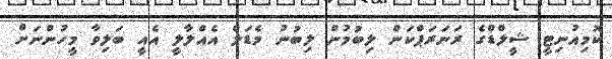
ކޮމިއުނިޓީ ޝީލްޑްގެ ރަނަރަޕްކަން ލިބުމުން ލިބުނު މެޑަލް އެއްލާލީ އެއީ ބަލިވާ މީހުންނަށް